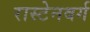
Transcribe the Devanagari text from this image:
रास्टेनबर्ग